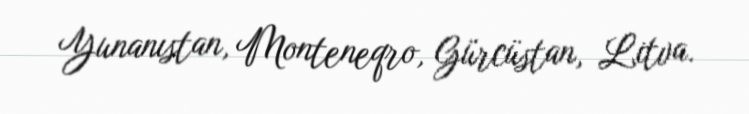
Yunanıstan, Monteneqro, Gürcüstan, Litva.